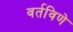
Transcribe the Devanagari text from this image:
वर्तविणे